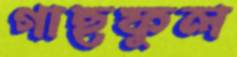
গাছফুল